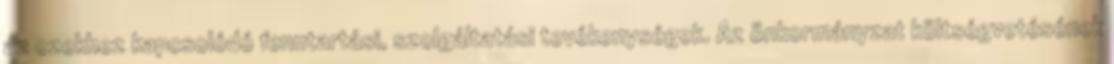
az ezekhez kapcsolódó fenntartási, szolgáltatási tevékenységek. Az önkormányzat költségvetésének